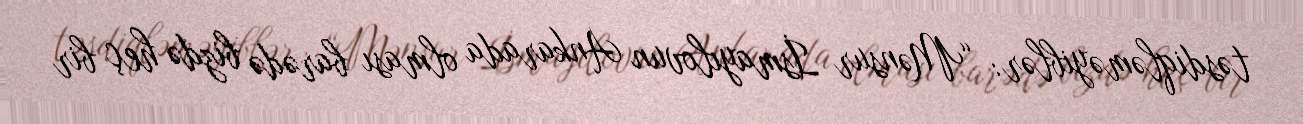
təsdiqləməyiblər: “Mənsur İsmayılovun Ankarada olması barədə bizdə heç bir